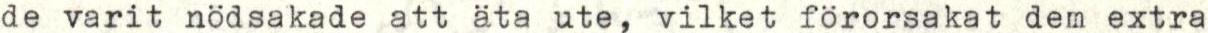
de varit nödsakade att äta ute, vilket förorsakat dem extra